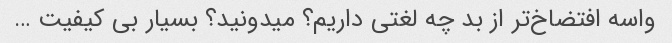
واسه افتضاخ‌تر از بد چه لغتی داریم؟ میدونید؟ بسیار بی کیفیت …